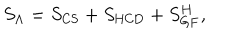
LaTeX: S _ { \Lambda } = S _ { \mathrm { C S } } + S _ { \mathrm { H C D } } + S _ { \mathrm { G F } } ^ { H } ,